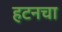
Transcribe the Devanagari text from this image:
हटनचा